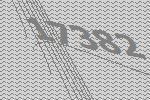
17382